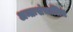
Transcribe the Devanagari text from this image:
अन्तःसंचालित